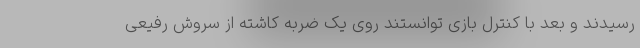
رسیدند و بعد با کنترل بازی توانستند روی یک ضربه کاشته از سروش رفیعی